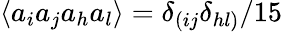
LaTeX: \langle a_{i}a_{j}a_{h}a_{l}\rangle=\delta_{(ij}\delta_{hl)}/15